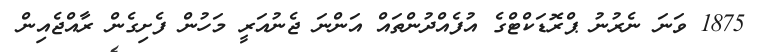
1875 ވަނަ ނެރުނު ޕްރޮޑަކްޓްގެ އުފެއްދުންތައް އަންނަ ޖެނުއަރީ މަހުން ފެށިގެން ރާއްޖެއިން